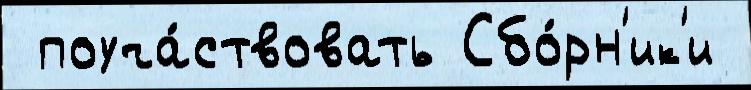
 поуча́ствовать Сбо́рн'ик'и